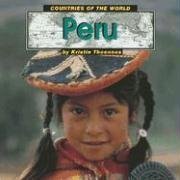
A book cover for Peru (Countries of the World); Kristin Thoennes Keller; Travel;